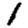
Digit: 1